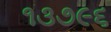
૧૩૭૯૬